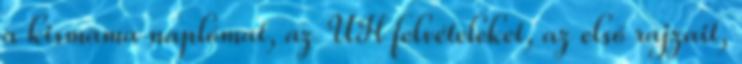
a kismama naplómat, az UH felvételeket, az első rajzait,